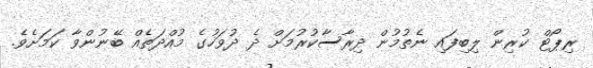
ރިޕޯޓް ކުރިން ލިބިފައި ނެތުމުން ދިރާސާކުރުމަށް ދެ ދުވަހުގެ މުއްދަތެއް ބޭނުންވާ ކަމަށެވެ.